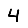
Digit: 4